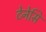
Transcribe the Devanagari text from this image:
टेनेसि